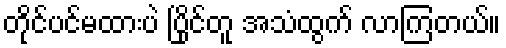
တိုင်ပင်မထားပဲ ပြိုင်တူ အသံထွက် လာကြတယ်။